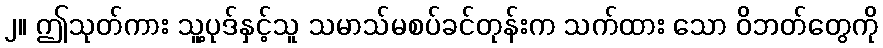
၂။ ဤသုတ်ကား သူ့ပုဒ်နှင့်သူ သမာသ်မစပ်ခင်တုန်းက သက်ထား သော ဝိဘတ်တွေကို